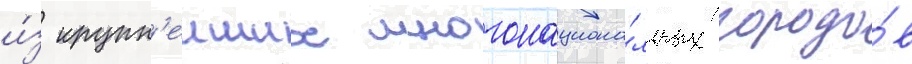
и́з крупн'еиших многонациона́льных городо́в